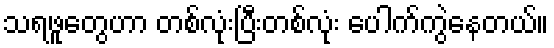
သရဖူတွေဟာ တစ်လုံးပြီးတစ်လုံး ပေါက်ကွဲနေတယ်။